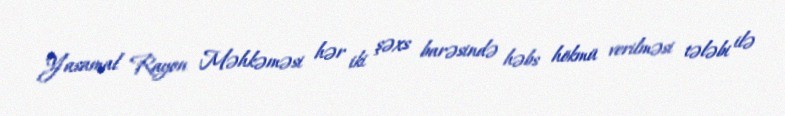
Yasamal Rayon Məhkəməsi hər iki şəxs barəsində həbs hökmü verilməsi tələbi ilə